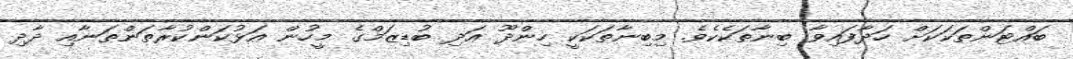
ބައްޓަންތަކަކަށް ހަދާފައިވާ ބިނާތަކެކެވެ. މިބިނާތަކަކީ ހިންދޫ އަދި ބުޑިޒަމްގެ މީހުން އަޅުކަންކުރާތަންތަނާއި ދާދި